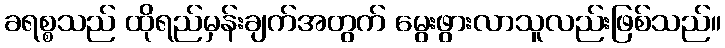
ခရစ္စသည် ထိုရည်မှန်းချက်အတွက် မွေးဖွားလာသူလည်းဖြစ်သည်။